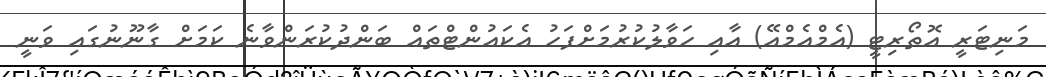
މަނިޓަރީ އޮތޯރިޓީ (އެމްއެމްއޭ) އާއި ހަވާލުކުރުމަށްފަހު އެކައުންޓްތައް ބަންދުކުރަންވާނެ ކަމަށް ގާނޫނުގައި ވަނީ